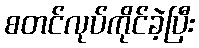
စတင်လုပ်ကိုင်ခဲ့ပြီး